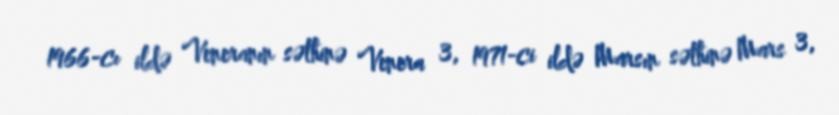
1966-cı ildə Veneranın səthinə Venera 3, 1971-ci ildə Marsın səthinə Mars 3,